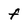
Character: F